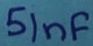
Text: 51nF